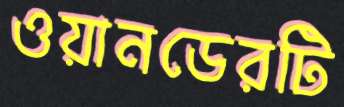
ওয়ানডেরটি